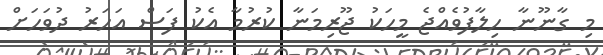
މި ގާނޫނާ ހިލާފުވެއްޖެ މީހަކު ޖޫރިމަނާ ކުރުމާ އެކު ފަސް އަހަރު ދުވަހަށް